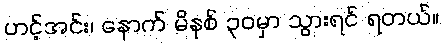
ဟင့်အင်း၊ နောက် မိနစ် ၃၀မှာ သွားရင် ရတယ်။